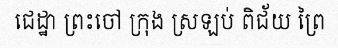
ជេដ្ឋា ព្រះចៅ ក្រុង ស្រឡប់ ពិជ័យ ព្រៃ